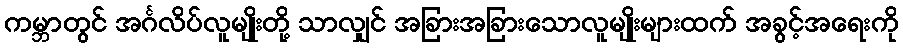
ကမ္ဘာတွင် အင်္ဂလိပ်လူမျိုးတို့ သာလျှင် အခြားအခြားသောလူမျိုးများထက် အခွင့်အရေးကို